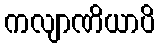
ကလျာဏိယာပိ